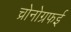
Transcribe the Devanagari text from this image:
च्रोनोग्रफई